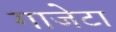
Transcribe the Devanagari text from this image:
गाजेटा